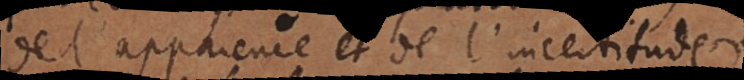
de l’apparence et de l’incertitude;